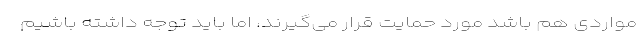
مواردی هم باشد مورد حمایت قرار می‌گیرند، اما باید توجه داشته باشیم